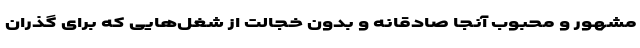
مشهور و محبوب آنجا صادقانه و بدون خجالت از شغل‌هایی که برای گذران